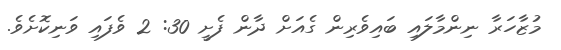
މުޒާހަރާ ނިންމާލައި ބައިވެރިން ގެއަށް ދާން ފެށީ 30: 2 ވެފައި ވަނިކޮށެވެ.